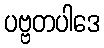
ပဗ္ဗတပါဒေ